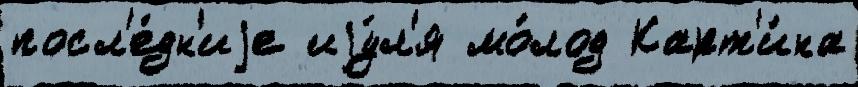
посл'е́дн'иjе иjу́л'я мо́лод Карт'и́на